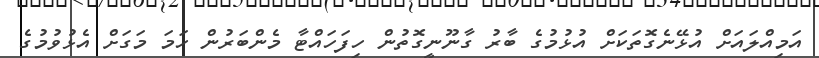
އަމިއްލައަށް އުޅޭނެގޮތަކަށް އުޅުމުގެ ބާރު ގާނޫނީގޮތުން ހިފަހައްޓާ މެންބަރުން ހަމަ މަގަށް އެޅުވުމުގެ